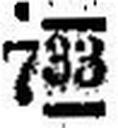
733